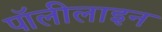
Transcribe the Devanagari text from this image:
पॉलीलाइन